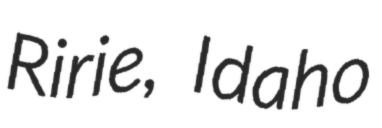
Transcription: Ririe, Idaho